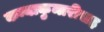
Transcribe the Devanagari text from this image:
कन्याकुमारीसह